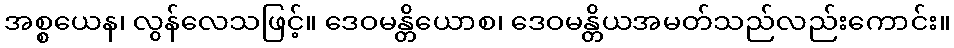
အစ္စယေန၊ လွန်လေသဖြင့်။ ဒေဝမန္တိယောစ၊ ဒေဝမန္တိယအမတ်သည်လည်းကောင်း။